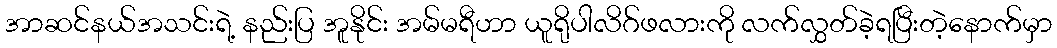
အာဆင်နယ်အသင်းရဲ့ နည်းပြ အူနိုင်း အမ်မရီဟာ ယူရိုပါလိဂ်ဖလားကို လက်လွှတ်ခဲ့ရပြီးတဲ့နောက်မှာ